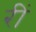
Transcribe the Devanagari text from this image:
रीं